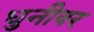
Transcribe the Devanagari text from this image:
धुनीवर